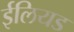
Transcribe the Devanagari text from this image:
ईलियड